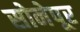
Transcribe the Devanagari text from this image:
सोनेपूर